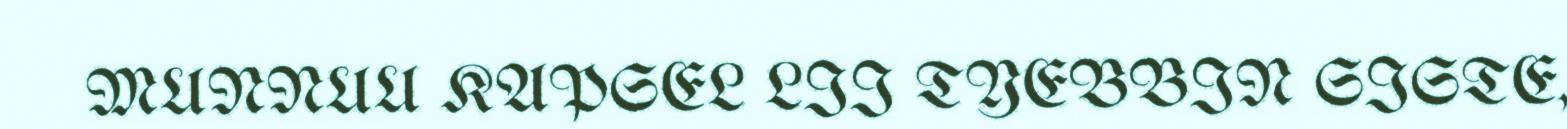
MUNNUU KAPSEL LII TYEBBIN SISTE,